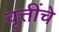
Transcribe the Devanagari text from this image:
वृत्तींचे